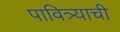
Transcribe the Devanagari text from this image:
पावित्र्याची